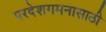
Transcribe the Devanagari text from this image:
परदेशगमनासाठी